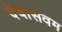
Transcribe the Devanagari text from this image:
देवासवम